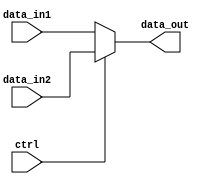
`timescale 1ns / 1ps
//////////////////////////////////////////////////////////////////////////////////
// Company: 
// Engineer: 
// 
// Design Name: 
// Module Name:    dataselect_5_bit 
// Project Name: 
// Target Devices: 
// Tool versions: 
// Description: 
//
// Dependencies: 
//
// Revision: 
// Revision 0.01 - File Created
// Additional Comments: 
//
//////////////////////////////////////////////////////////////////////////////////
module dataselect_5_bit(data_in1, data_in2, ctrl, data_out);
  input [4:0] data_in1, data_in2; //
  input ctrl; //
  output [4:0] data_out;
  assign data_out = (ctrl == 1'b0 ? data_in1 : data_in2);
endmodule